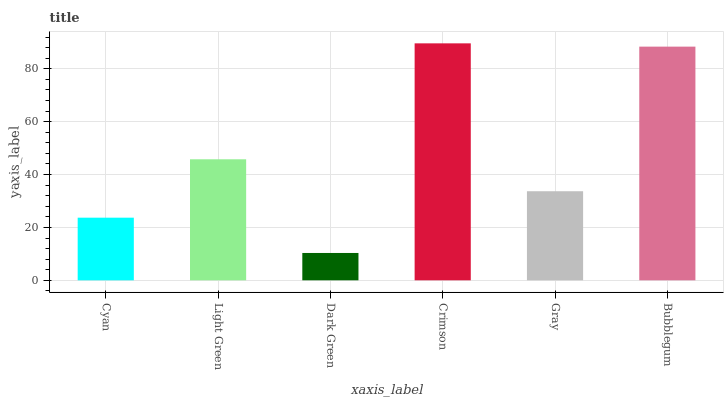
| xaxis_label | bars |
 | --- | --- |
 | Cyan | 23.7 |
 | Light Green | 45.8 |
 | Dark Green | 10.3 |
 | Crimson | 89.6 |
 | Gray | 33.7 |
 | Bubblegum | 88.4 |